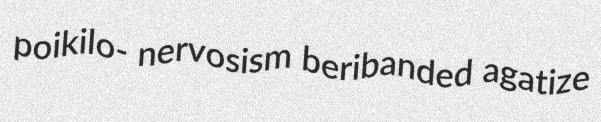
poikilo- nervosism beribanded agatize